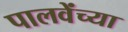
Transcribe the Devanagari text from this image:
पालवेंच्या